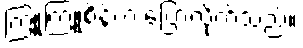
ကြူကြူစိန်က ပြောလိုက်သည်။